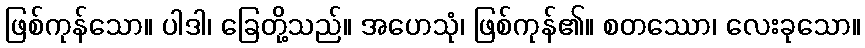
ဖြစ်ကုန်သော။ ပါဒါ၊ ခြေတို့သည်။ အဟေသုံ၊ ဖြစ်ကုန်၏။ စတဿော၊ လေးခုသော။